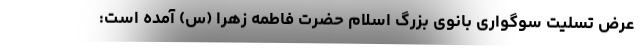
عرض تسلیت سوگواری بانوی بزرگ اسلام حضرت فاطمه زهرا (س) آمده است: